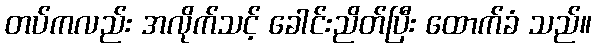
တပ်ကလည်း အလိုက်သင့် ခေါင်းညိတ်ပြီး ထောက်ခံ သည်။